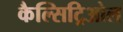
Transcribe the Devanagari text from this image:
कैल्सिट्रिओल